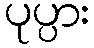
ပုပ္ပား